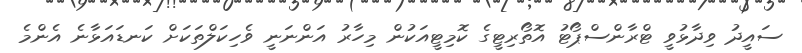
ސައީދު ވިދާޅުވީ ޓްރާންސްޕޯޓު އޮތޯރިޓީގެ ކޮމިޓީއަކުން މިހާރު އަންނަނީ ވެހިކަލްތަކަށް ކަނޑައަޅާނެ އެންމެ